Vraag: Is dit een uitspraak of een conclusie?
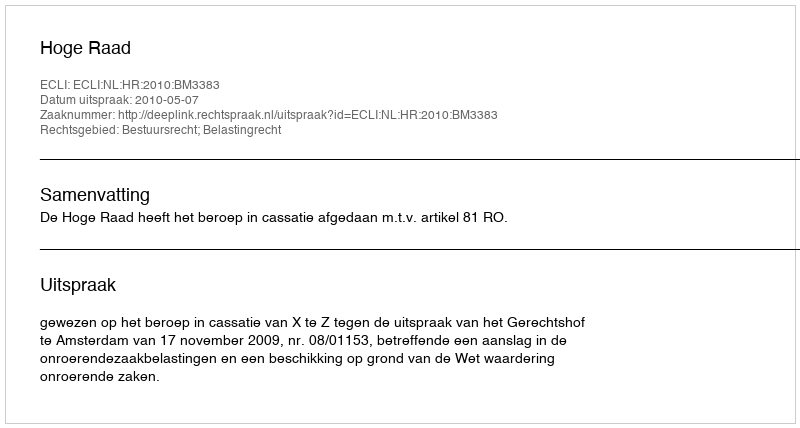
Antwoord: Uitspraak